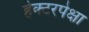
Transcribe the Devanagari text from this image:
हेक्टरपेक्षा